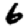
Digit: 6